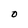
Character: O